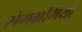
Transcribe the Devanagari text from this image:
रोगभ्रमियों